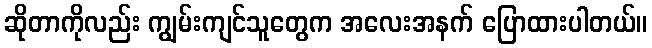
ဆိုတာကိုလည်း ကျွမ်းကျင်သူတွေက အလေးအနက် ပြောထားပါတယ်။